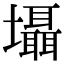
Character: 𡓳